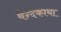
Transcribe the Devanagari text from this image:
बेन्दकाया